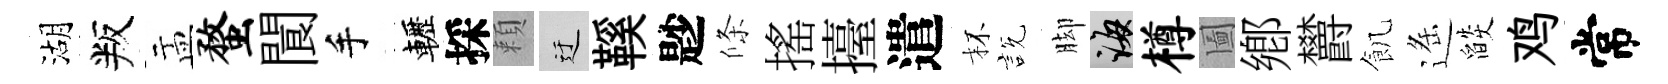
湖叛盂蝥閬手轣採頼迂鞵尟條搖擡遣杯説脚誨樽圗鄕欝飢遥燄鸡常